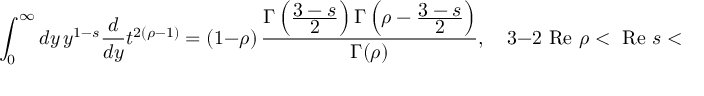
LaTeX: \int _ { 0 } ^ { \infty } d y \, y ^ { 1 - s } \frac { d } { d y } t ^ { 2 ( \rho - 1 ) } = ( 1 - \rho ) \, \frac { \Gamma \left( \frac { \displaystyle 3 - s } { \displaystyle 2 } \right) \Gamma \left( \rho - \frac { \displaystyle 3 - s } { \displaystyle 2 } \right) } { \Gamma ( \rho ) } , \quad 3 - 2 \mathrm { ~ R e ~ } \rho < \mathrm { ~ R e ~ } s < 3 .